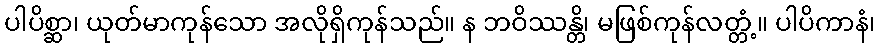
ပါပိစ္ဆာ၊ ယုတ်မာကုန်သော အလိုရှိကုန်သည်။ န ဘဝိဿန္တိ၊ မဖြစ်ကုန်လတ္တံ့။ ပါပိကာနံ၊